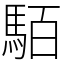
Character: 𩢷